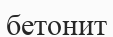
бетонит